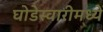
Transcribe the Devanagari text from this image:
घोडेस्वारीमध्ये